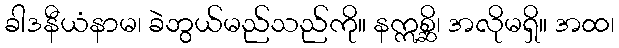
ခါဒနီယံနာမ၊ ခဲဘွယ်မည်သည်ကို။ နဣစ္ဆိ၊ အလိုမရှိ။ အထ၊